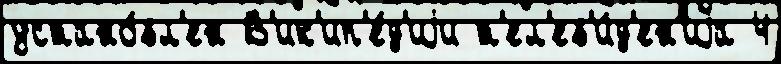
устано́вл'ен В'ик'ип'е́д'иjи т'ел'ев'и́д'ен'иjа 4